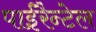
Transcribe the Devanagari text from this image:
पाईरैन्टेल